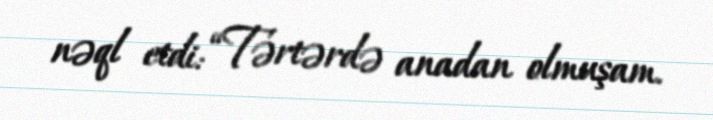
nəql etdi: “Tərtərdə anadan olmuşam.